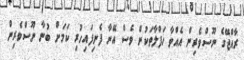
ރާއްޖޭގެ ނޫސްވެރިން އެއްވާ ހަފްލާތަކުން ވެސް އޭނާ ފެނިފައިހުރި ކަމަށް ބުނާ ނޫސްވެރިން